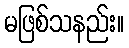
မဖြစ်သနည်း။